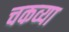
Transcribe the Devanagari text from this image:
चकव्या